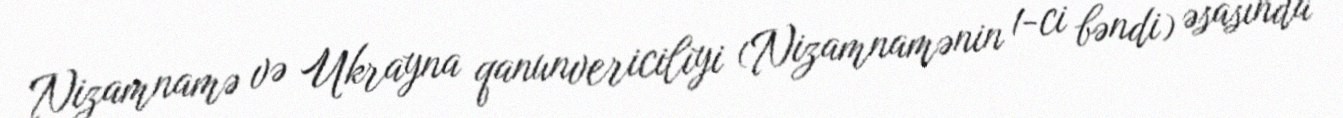
Nizamnamə və Ukrayna qanunvericiliyi (Nizamnamənin 1-ci bəndi) əsasında